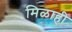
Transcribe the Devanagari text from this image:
मिळाही